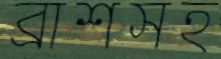
ব্রাশসহ